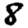
Digit: 8